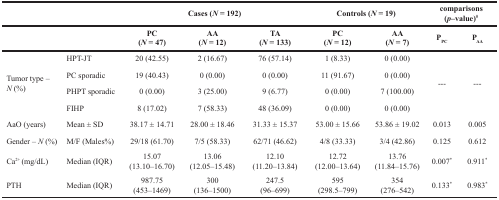
| <COLSPAN=2>  | <COLSPAN=3> Cases (N = 192) | <COLSPAN=2> Controls (N = 19) | <COLSPAN=2> comparisons(p–value)# |
 | <COLSPAN=2>  | PC(N = 47) | AA(N = 12) | TA(N = 133) | PC(N = 12) | AA(N = 7) | PPC | PAA |
 | --- | --- | --- | --- | --- | --- | --- | --- | --- |
 | <ROWSPAN=4> Tumor type –N (%) | HPT-JT | 20 (42.55) | 2 (16.67) | 76 (57.14) | 1 (8.33) | 0 (0.00) | <ROWSPAN=4> --- | <ROWSPAN=4> --- |
 | PC sporadic | 19 (40.43) | 0 (0.00) | 0 (0.00) | 11 (91.67) | 0 (0.00) |
 | PHPT sporadic | 0 (0.00) | 3 (25.00) | 9 (6.77) | 0 (0.00) | 7 (100.00) |
 | FIHP | 8 (17.02) | 7 (58.33) | 48 (36.09) | 0 (0.00) | 0 (0.00) |
 | AaO (years) | Mean ± SD | 38.17 ± 14.71 | 28.00 ± 18.46 | 31.33 ± 15.37 | 53.00 ± 15.66 | 53.86 ± 19.02 | 0.013 | 0.005 |
 | Gender – N (%) | M/F (Males%) | 29/18 (61.70) | 7/5 (58.33) | 62/71 (46.62) | 4/8 (33.33) | 3/4 (42.86) | 0.125 | 0.612 |
 | Ca2+ (mg/dL) | Median (IQR) | 15.07(13.10–16.70) | 13.06(12.05–15.48) | 12.10(11.20–13.84) | 12.72(12.00–13.64) | 13.76(11.84–15.76) | 0.007* | 0.911* |
 | PTH | Median (IQR) | 987.75(453–1469) | 300(136–1500) | 247.5(96–699) | 595(298.5–799) | 354(276–542) | 0.133* | 0.983* |